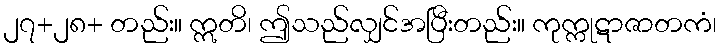
၂၇+၂၈+ တည်း။ ဣတိ၊ ဤသည်လျှင်အပြီးတည်း။ ကုက္ကုဋာဇာတကံ၊